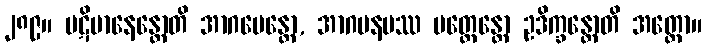
၂၈၉။ ပဋိမာနေန္တောတိ အာဂမေန္တော, အာဂမနမဿ ပတ္ထေန္တော ဥဒိက္ခန္တောတိ အတ္ထော။